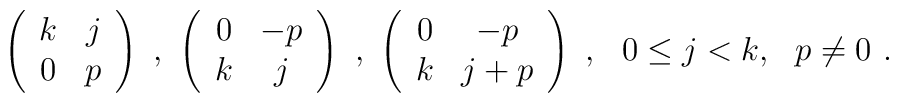
\left(\begin{array}{cc} k& j \\ 0& p \end{array}\right)\ ,\ \left(\begin{array}{cc} 0& -p \\ k& j\end{array}\right)\ ,\ \left(\begin{array}{cc} 0& -p \\ k& j+p \end{array}\right)\ ,\ \ 0\leq j < k, \ \ p \neq 0\ .